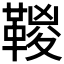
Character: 𩋯